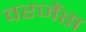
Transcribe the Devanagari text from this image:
वरजेंस